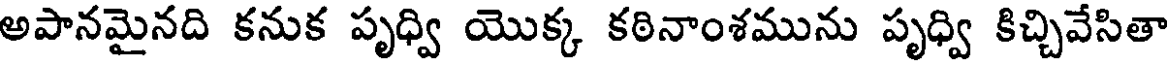
అపానమైనది కనుక పృధ్వి యొక్క కఠినాంశమును పృధ్వి కిచ్చివేసితా